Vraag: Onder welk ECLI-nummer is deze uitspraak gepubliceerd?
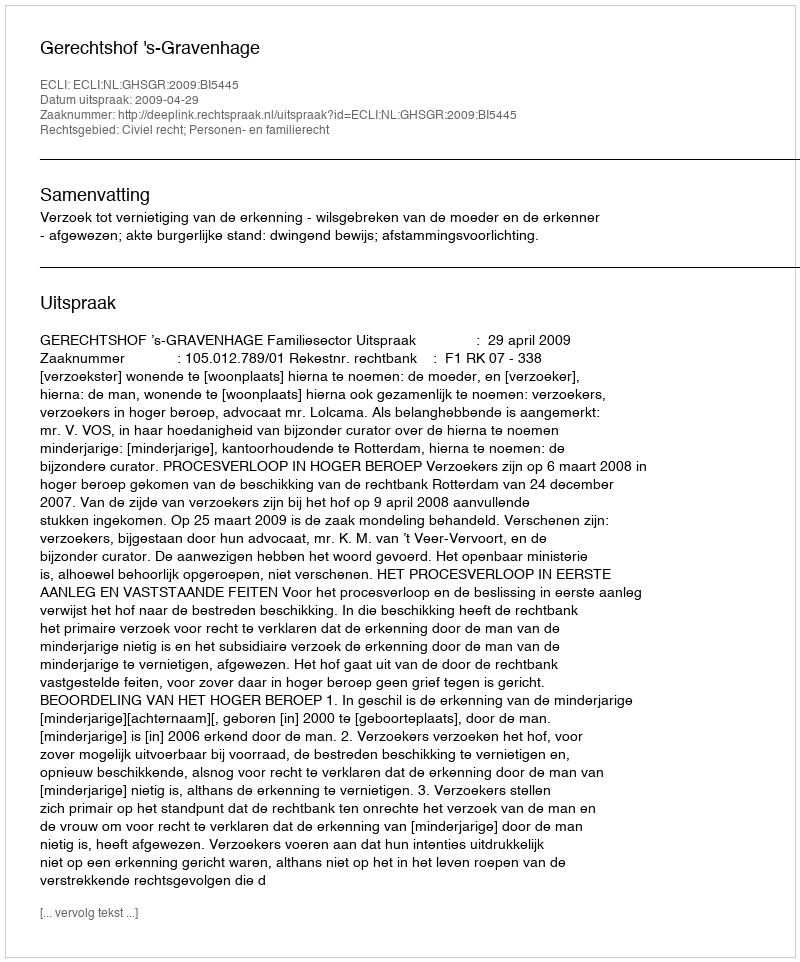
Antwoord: ECLI:NL:GHSGR:2009:BI5445